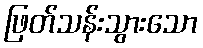
ဖြတ်သန်းသွားသော